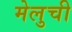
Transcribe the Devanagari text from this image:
मेलुची